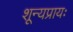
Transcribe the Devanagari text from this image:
शून्यप्रायः